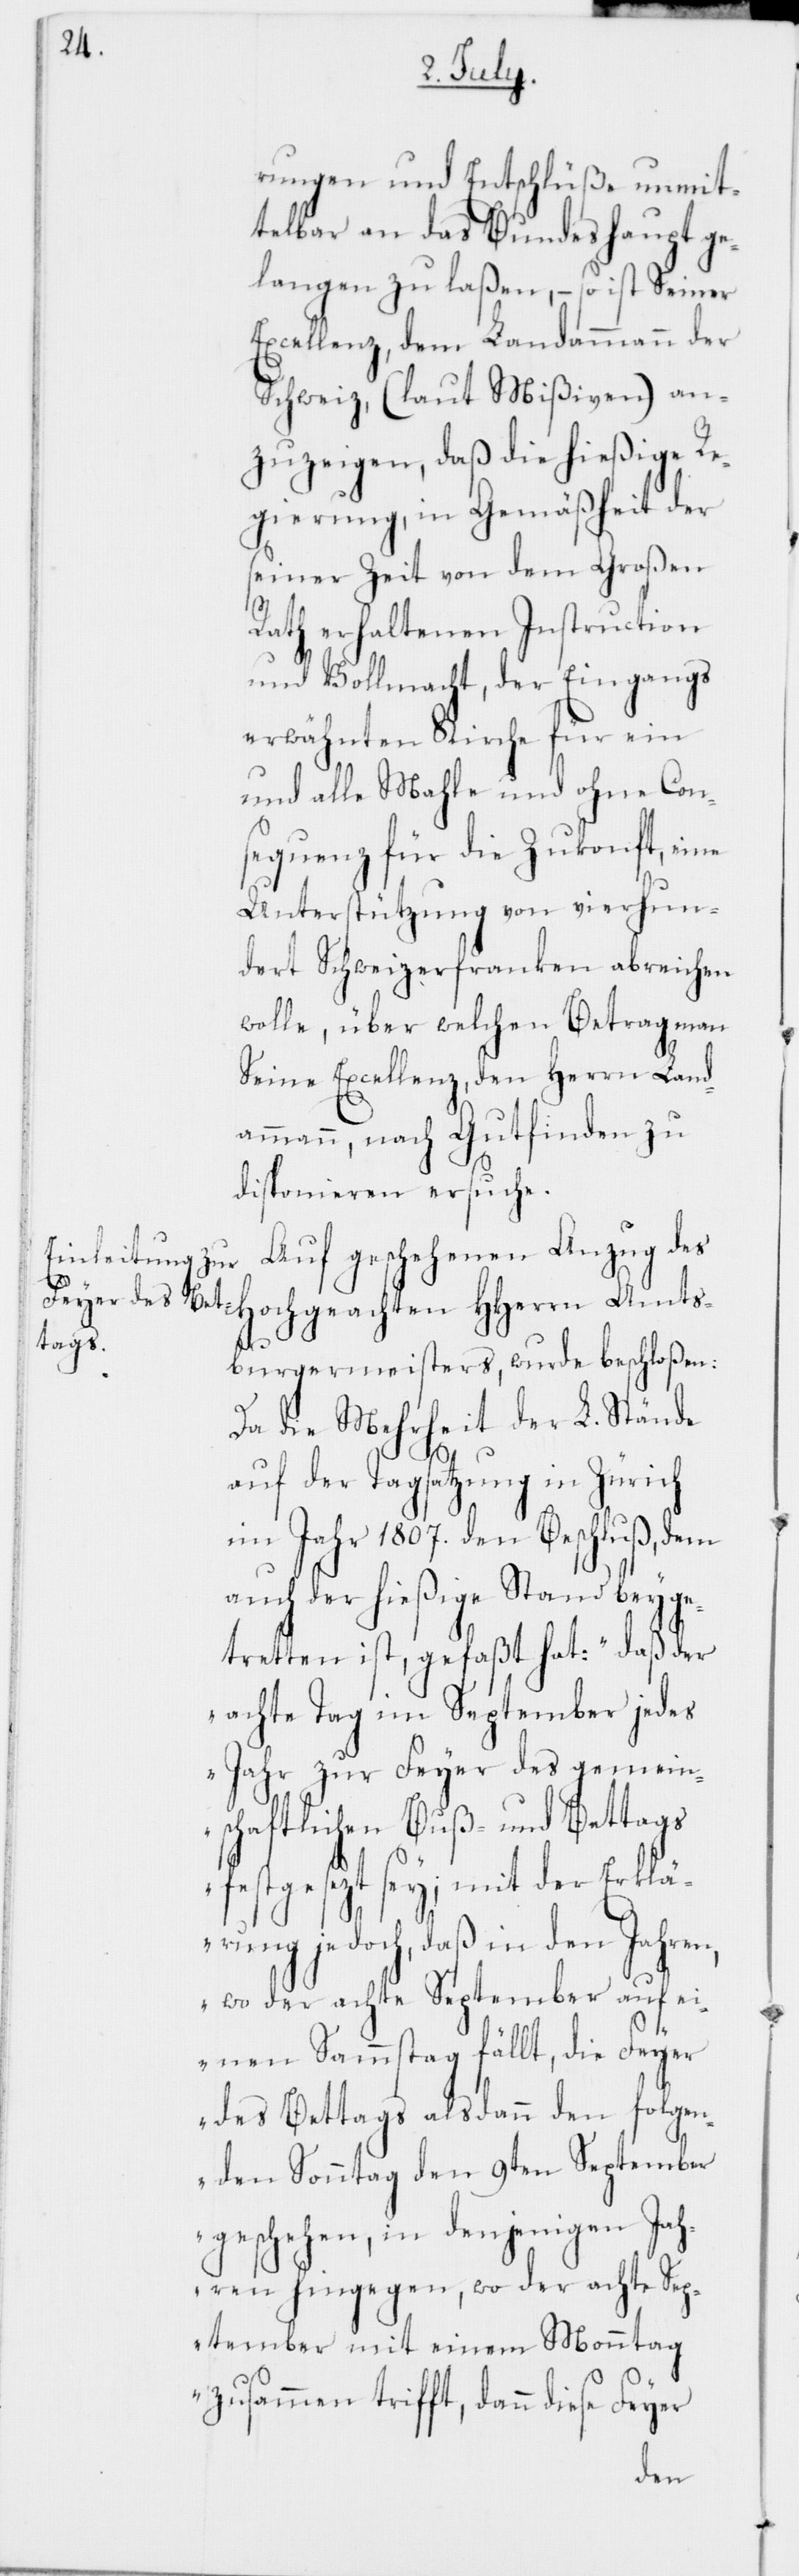
Amts¬

rungen und Entschlüße unmit¬
telbar an das Bundeshaupt ge¬
langen zu laßen, – so ist Seiner
Excellenz dem Landammann der
Schweiz, (laut Mißiven) an¬
zuzeigen, daß die hießige Re¬
gierung, in Gemäßheit der
seiner Zeit von dem Großen
Rath erhaltenen Instruction
und Vollmacht, der Eingangs
erwähnten Kirche für ein
und alle Mahle und ohne Con¬
sequenz für die Zukonft, eine
Unterstützung von vierhun¬
dert Schweizerfranken abreichen
wolle, über welchen Betrag man
Seine Excellenz, den Herrn Land¬
ammann, nach Gutfinden zu
disponieren ersuche.
Auf geschehenen Anzug des
burgermeisters, wurde beschloßen:
Da die Mehrheit der L. Stände
auf der Tagsatzung in Zürich
im Jahr 1807. den Beschluß, dem
auch der hießige Stand beyge¬
tretten ist, gefaßt hat: „daß der
achte Tag im September jedes
Jahr zur Feyer des gemein¬
schaftlichen Buß- und Bettags
festgesezt sey; mit der Erklä¬
rung jedoch, daß in den Jahren,
wo der achte September auf ei¬
nen Samstag fällt, die Feyer
des Bettags alsdann den folgen¬
den Sonntag den 9ten September
geschehen, in denjenigen Jah¬
ren hingegen, wo der achte Sep¬
tember mit einem Monntag
zusammen trifft, dann diese Feyer